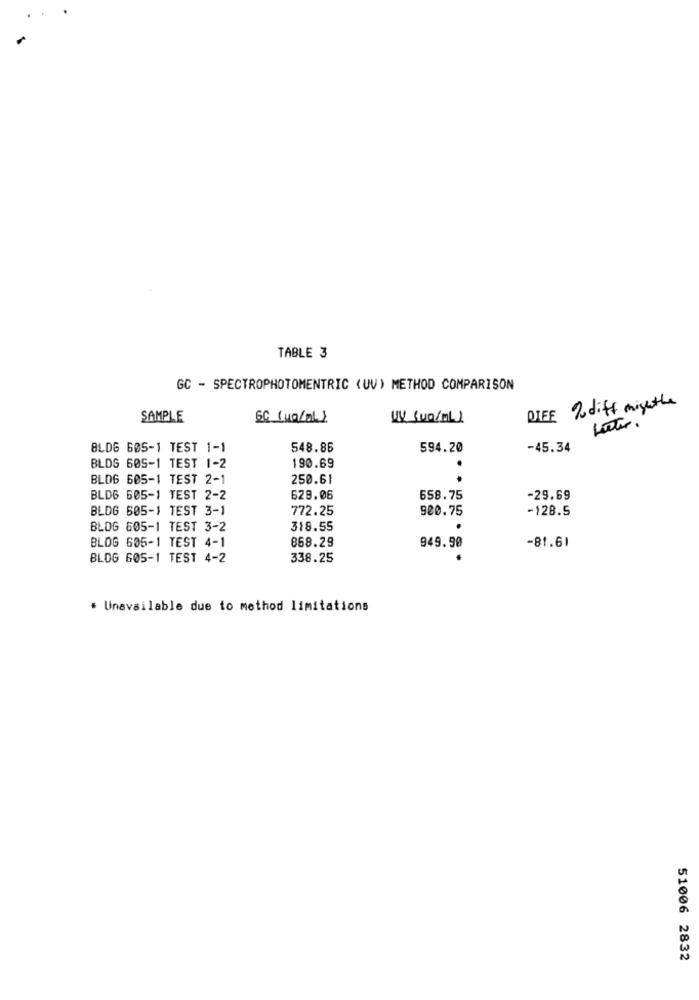
TABLE 3
GC - SPECTROPHOTOMENTRIC (UV) METHOD COMPARISON
DIEE 2 diff mighthe
SAMPLE
UV (Un/ml)
Later.
8LD6 605-1 TEST 1-1
548.86
594.20
-45.34
BLDG 605-1 TEST 1-2
190.69
.
BLOG 605-1 TEST 2-1
250.61
BLD6 605-1 TEST 2-2
629.06
658.75
-29.69
BLDG 605-1 TEST 3-1
772.25
920.75
-128.5
BLOG 605-1 TEST 3-2
318.55
.
BLOG 605-1 TEST 4-1
858.29
-81.61
949.90
BLOG 605-1 TEST 4-2
338.25
. Unavailable due to method limitations
51006 2832